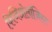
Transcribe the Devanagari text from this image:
फिजिओलॉजिस्ट